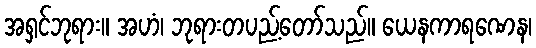
အရှင်ဘုရား။ အဟံ၊ ဘုရားတပည့်တော်သည်။ ယေနကာရဏေန၊